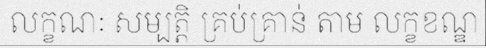
លក្ខណៈ សម្បត្តិ គ្រប់គ្រាន់ តាម លក្ខខណ្ឌ